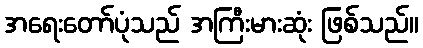
အရေးတော်ပုံသည် အကြီးမားဆုံး ဖြစ်သည်။